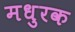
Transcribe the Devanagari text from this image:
मधुरक